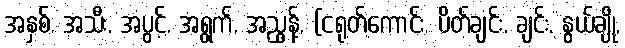
အနှစ်, အသီး, အပွင့်, အရွက်, အညွန့်, (ငရုတ်ကောင်း, ပိတ်ချင်း, ချင်း, နွယ်ချို,